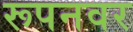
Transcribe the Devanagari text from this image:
रूपनवर